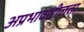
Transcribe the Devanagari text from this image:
अप्रभावशीलता